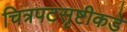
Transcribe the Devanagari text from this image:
चित्रपटसृष्टीकडे